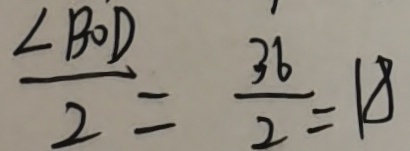
\frac { \angle B O D } { 2 } = \frac { 3 6 } { 2 } = 1 8